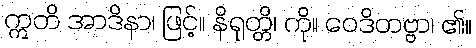
ဣတိ အာဒိနာ၊ ဖြင့်။ နိရုတ္တိ၊ ကို။ ဝေဒိတဗ္ဗာ၊ ၏။